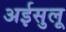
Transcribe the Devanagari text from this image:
अईसुलू